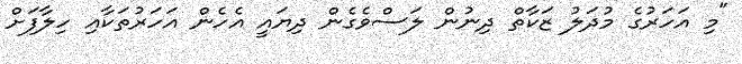
"މި އަހަރުގެ މުދަލު ޒަކާތް ދިނުން ލަސްވެގެން ދިޔައީ އެހެން އަހަރުތަކާއި ހިލާފަށް